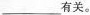
___有关。